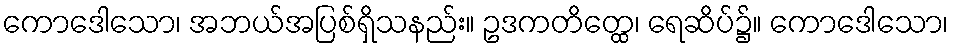
ကောဒေါသော၊ အဘယ်အပြစ်ရှိသနည်း။ ဥဒကတိတ္ထေ၊ ရေဆိပ်၌။ ကောဒေါသော၊